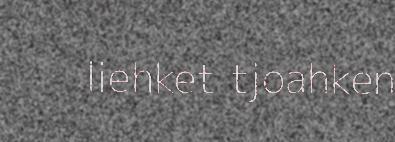
liehket tjoahken